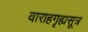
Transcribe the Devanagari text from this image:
वाराहगृह्यसूत्र